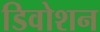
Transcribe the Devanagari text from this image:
डिवोशन